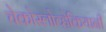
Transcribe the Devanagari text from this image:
चेकोस्लोव्हेकियानी